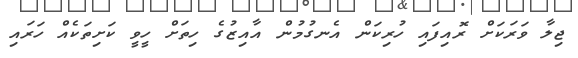
ޖިލާ ވަރަކަށް ރޮއިފައި ހުރިކަން އެނގުމުން އާއިޒުގެ ހިތަށް ހީވީ ކަށިތަކެއް ހަރައި